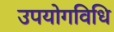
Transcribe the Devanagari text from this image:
उपयोगविधि